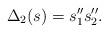
LaTeX: \begin{align*}\Delta_2(s)=s''_1 s''_2.\end{align*}